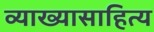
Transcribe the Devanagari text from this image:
व्याख्यासाहित्य